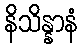
နိသိန္နာနံ